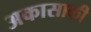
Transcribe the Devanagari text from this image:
अकासाकी